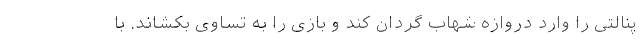
پنالتی را وارد دروازه شهاب گردان کند و بازی را به تساوی بکشاند. با